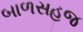
બાળસહજ